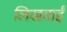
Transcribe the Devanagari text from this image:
लिखवाईं